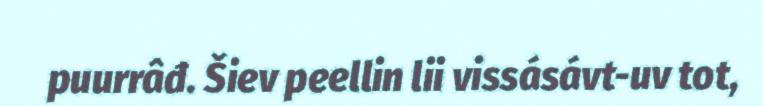
puurrâđ. Šiev peellin lii vissásávt-uv tot,